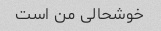
خوشحالی من است